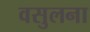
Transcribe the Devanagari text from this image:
वसुलना